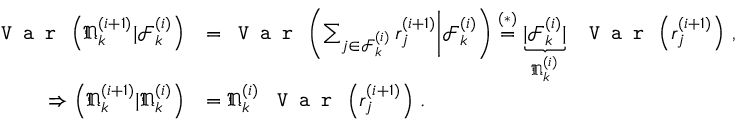
\begin{array} { r l } { \texttt { V a r } \left( \mathfrak { N } _ { k } ^ { ( i + 1 ) } | \mathcal { F } _ { k } ^ { ( i ) } \right) } & { = \texttt { V a r } \left( \sum _ { j \in \mathcal { F } _ { k } ^ { ( i ) } } r _ { j } ^ { ( i + 1 ) } \bigg | \mathcal { F } _ { k } ^ { ( i ) } \right) \stackrel { ( * ) } { = } \underbrace { | \mathcal { F } _ { k } ^ { ( i ) } | } _ { \mathfrak { N } _ { k } ^ { ( i ) } } ~ \texttt { V a r } \left( r _ { j } ^ { ( i + 1 ) } \right) \, , } \\ { \Rightarrow \left( \mathfrak { N } _ { k } ^ { ( i + 1 ) } | \mathfrak { N } _ { k } ^ { ( i ) } \right) } & { = \mathfrak { N } _ { k } ^ { ( i ) } ~ \texttt { V a r } \left( r _ { j } ^ { ( i + 1 ) } \right) \, . } \end{array}